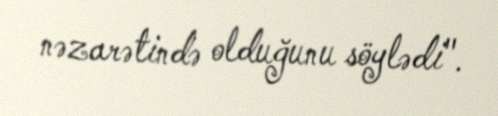
nəzarətində olduğunu söylədi".